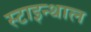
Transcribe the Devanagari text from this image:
स्टाइन्थाल